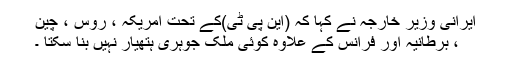
ایرانی وزیر خارجہ نے کہا کہ (این پی ٹی)کے تحت امریکہ ، روس ، چین
، برطانیہ اور فرانس کے علاوہ کوئی ملک جوہری ہتھیار نہیں بنا سکتا ۔